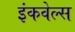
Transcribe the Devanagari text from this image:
इंकवेल्स